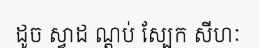
ដូច ស្វាដ ណ្តប់ ស្បែក សីហៈ